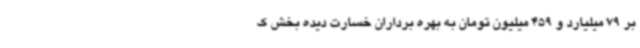
بر 79 میلیارد و 459 میلیون تومان به بهره برداران خسارت دیده بخش ک